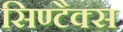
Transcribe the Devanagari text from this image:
सिण्टैक्स